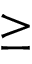
\geq